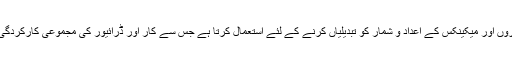
یہ پیشہ ور تجزیہ کاروں اور میکینکس کے اعداد و شمار کو تبدیلیاں کرنے کے لئے استعمال کرتا ہے جس سے کار اور ڈرائیور کی مجموعی کارکردگی میں بہتری آئے گی۔